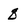
Character: q